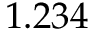
1 . 2 3 4